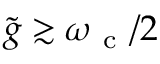
\tilde { g } \gtrsim \omega _ { \mathrm { ~ c ~ } } / 2